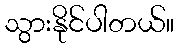
သွားနိုင်ပါတယ်။